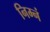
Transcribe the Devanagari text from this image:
निम्नं